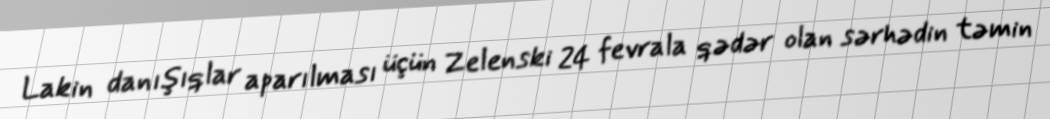
Lakin danışıqlar aparılması üçün Zelenski 24 fevrala qədər olan sərhədin təmin